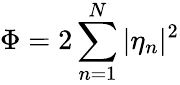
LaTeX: \Phi=2\sum_{n=1}^{N}|\eta_{n}|^{2}